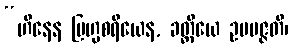
“ဟီနေန ဗြဟ္မစရိယေန, ခတ္တိယေ ဥပပဇ္ဇတိ၊